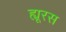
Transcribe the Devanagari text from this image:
ह्यूरस